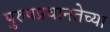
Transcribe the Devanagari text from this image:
पुरुषप्रधानतेच्या